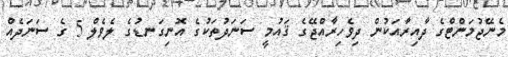
މެނޭޖުމަންޓްގެ ދާއިރާއަކުން ދިވެހިރާއްޖޭގެ ޤައުމީ ސަނަދުތަކުގެ އޮނިގަނޑުގެ ލެވެލް 5 ގެ ސަނަދެއް